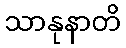
သာနုနာတိ